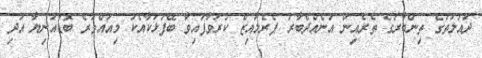
ދައުލަތުގެ ތިންބާރުގެ ތެރެއިން އަނެއްދެބާރު ޕެރެލައިޒް ކުރުވާފައިވާ ބޭފުޅަކާއެކު މިއައްވުރެ ބޮޑުއަނިޔާ އަދި